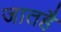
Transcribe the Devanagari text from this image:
जातहै